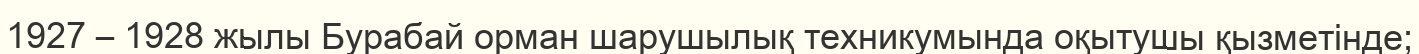
1927 – 1928 жылы Бурабай орман шарушылық техникумында оқытушы қызметінде;